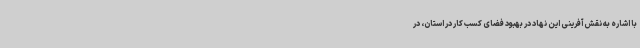
با اشاره به نقش‌آفرینی این نهاد در بهبود فضای کسب کار در استان، در